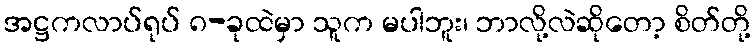
အဋ္ဌကလာပ်ရုပ် ၈-ခုထဲမှာ သူက မပါဘူး၊ ဘာလို့လဲဆိုတော့ စိတ်တို့